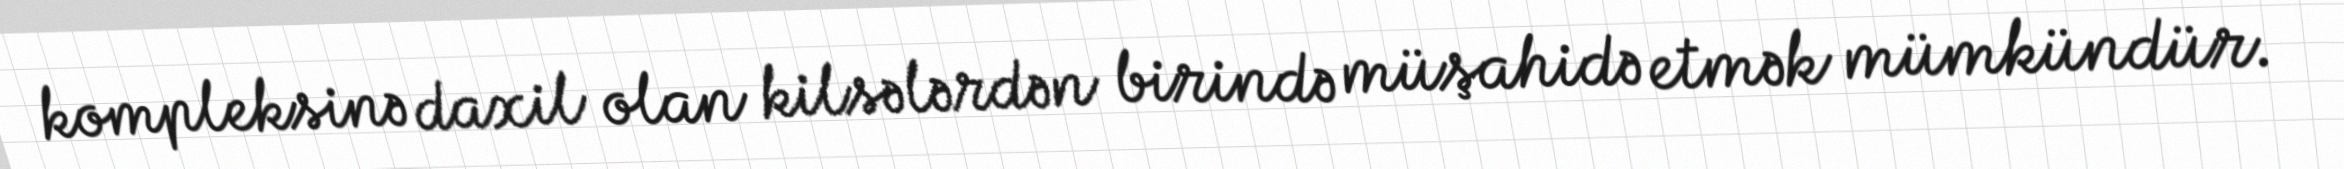
kompleksinə daxil olan kilsələrdən birində müşahidə etmək mümkündür.